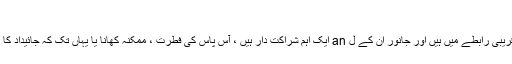
شمانز
شمان جانوروں کی روحوں سے قریبی رابطے میں ہیں اور جانور ان کے ل an ایک اہم شراکت دار ہیں ، آس پاس کی فطرت ، ممکنہ کھانا یا یہاں تک کہ جائیداد کا محض ایک بے وقوف حصہ نہیں۔